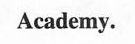
Academy.